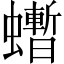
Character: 𧔜